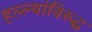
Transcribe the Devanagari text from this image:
हल्ल्यांविरुद्ध